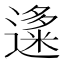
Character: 𬩍